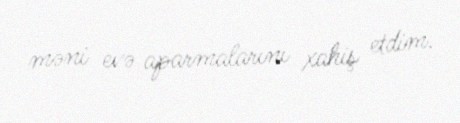
məni evə aparmalarını xahiş etdim.